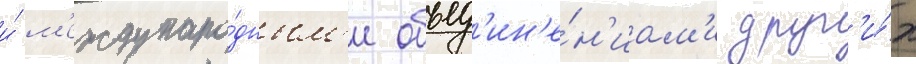
и́ м'еждунаро́дным'и объед'ин'е́н'иам'и друг'и́х